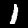
Digit: 1